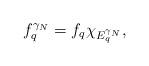
LaTeX: \begin{align*}f_q^{\gamma_N}=f_q\chi_{E_q^{\gamma_N}},\end{align*}